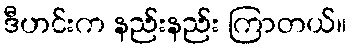
ဒီဟင်းက နည်းနည်း ကြာတယ်။